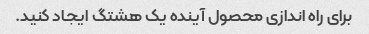
برای راه اندازی محصول آینده یک هشتگ ایجاد کنید.